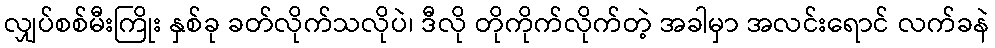
လျှပ်စစ်မီးကြိုး နှစ်ခု ခတ်လိုက်သလိုပဲ၊ ဒီလို တိုကိုက်လိုက်တဲ့ အခါမှာ အလင်းရောင် လက်ခနဲ